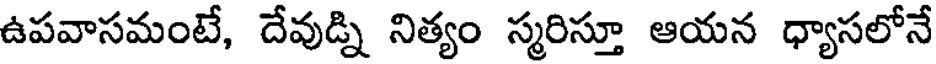
ఉపవాసమంటే, దేవుడ్ని నిత్యం స్మరిస్తూ ఆయన ధ్యాసలోనే